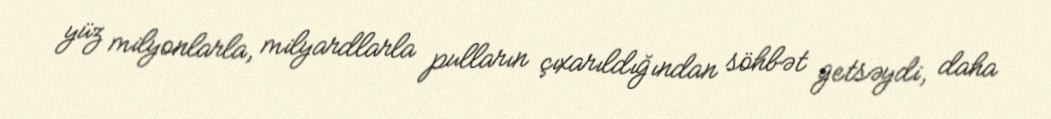
yüz milyonlarla, milyardlarla pulların çıxarıldığından söhbət getsəydi, daha